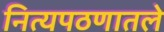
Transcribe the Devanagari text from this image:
नित्यपठणातले